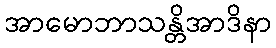
အာမောဘာသန္တိအာဒိနာ